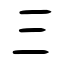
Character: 三